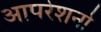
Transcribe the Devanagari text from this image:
आपरेशनो